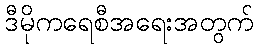
ဒီမိုကရေစီအရေးအတွက်